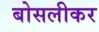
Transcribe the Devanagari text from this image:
बोसलीकर